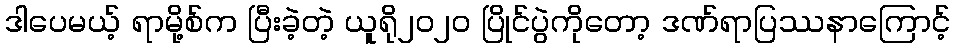
ဒါပေမယ့် ရာမို့စ်က ပြီးခဲ့တဲ့ ယူရို၂၀၂၀ ပြိုင်ပွဲကိုတော့ ဒဏ်ရာပြဿနာကြောင့်